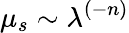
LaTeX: \mu_{s}\sim\lambda^{(-n)}